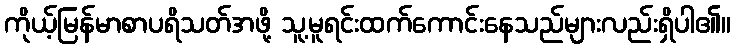
ကိုယ့်မြန်မာစာပရိသတ်အဖို့ သူ့မူရင်းထက်ကောင်းနေသည်များလည်းရှိပါ၏။